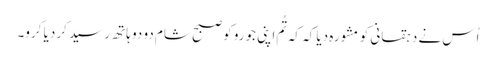
اُس نے دہقانی کو مشورہ دیا کہ کہ تُم اپنی جورو کو صبح شام دو دو ہاتھ رسید کر دیا کرو۔